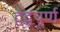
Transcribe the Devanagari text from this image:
द्वंद्वपूर्ण